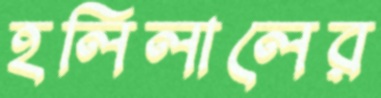
হলিলালের